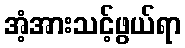
အံ့အားသင့်ဖွယ်ရာ